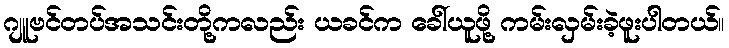
ဂျူဗင်တပ်အသင်းတို့ကလည်း ယခင်က ခေါ်ယူဖို့ ကမ်းလှမ်းခဲ့ဖူးပါတယ်။